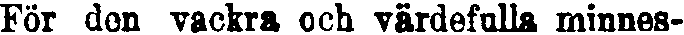
För den vackra och värdefulla minnes-